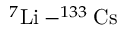
^ 7 { \mathrm { L i } } - ^ { 1 3 3 } { \mathrm { C s } }